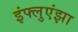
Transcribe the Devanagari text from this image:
इंफ्लुएंझा